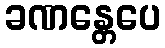
ခဏန္တေပေ